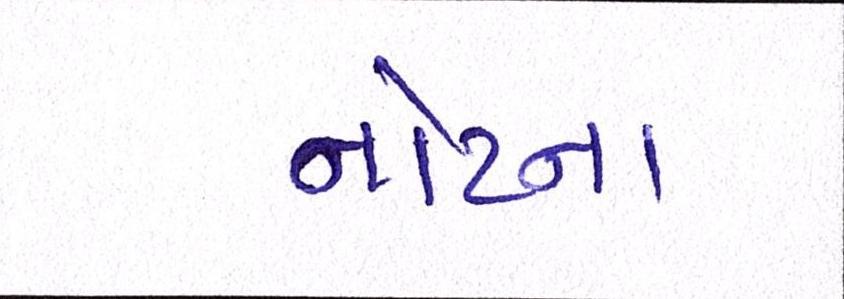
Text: નોટના